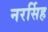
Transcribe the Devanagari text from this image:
नरर्सिह